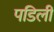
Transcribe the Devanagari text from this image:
पडिलीं